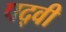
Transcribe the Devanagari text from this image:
पद्‍वी